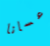
عسانا